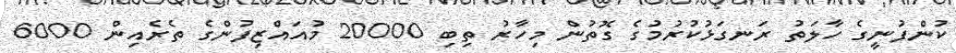
ކުންފުނީގެ ހާލަތު ރަނގަޅުކުރުމުގެ ގޮތުން މިހާރު ތިބި 20000 މުއައްޒިފުންގެ ތެރެއިން 6000